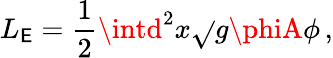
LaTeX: L_{\mathsf{E}}=\frac{{1}}{{2}}\intd^{2}x\sqrt{}{{g}}\phiA\phi\, ,